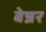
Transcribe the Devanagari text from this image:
बेन्नर